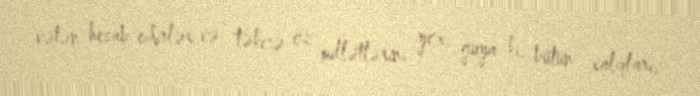
vətən hesab edirlər və təkcə öz millətlərini yox, guya ki, bütün xalqları,